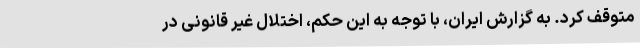
متوقف کرد. به گزارش ایران، با توجه به این حکم، اختلال غیر قانونی در